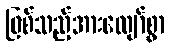
ဖြစ်သည့်အားလျော်စွာ